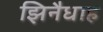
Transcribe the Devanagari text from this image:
झिनैधाह